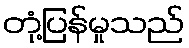
တုံ့ပြန်မှုသည်